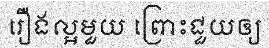
រឿងល្អមួយ ព្រោះជួយឲ្យ